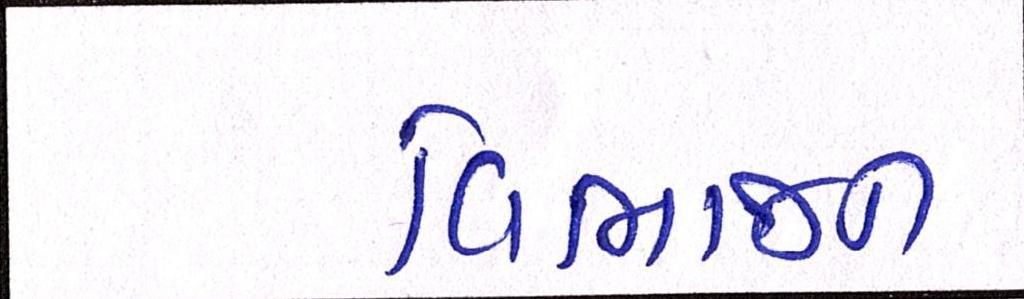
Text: વિભાજન